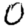
Digit: 0